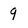
Character: q